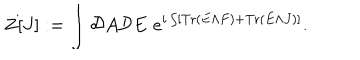
LaTeX: Z [ J ] : = \int { \cal D } A { \cal D } E \, \, e ^ { i \int [ \mathrm { T r } \left( E \wedge F \right) + \mathrm { T r } \left( E \wedge J \right) ] } .